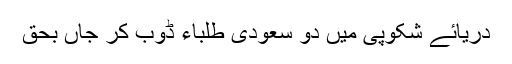
دریائے شکوپی میں دو سعودی طلباء ڈوب کر جاں بحق